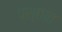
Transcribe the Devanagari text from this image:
पश्छात